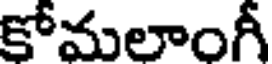
కోమలాంగీ